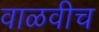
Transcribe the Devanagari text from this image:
वाळवीच